Annual report of the Imperial Bacteriologist
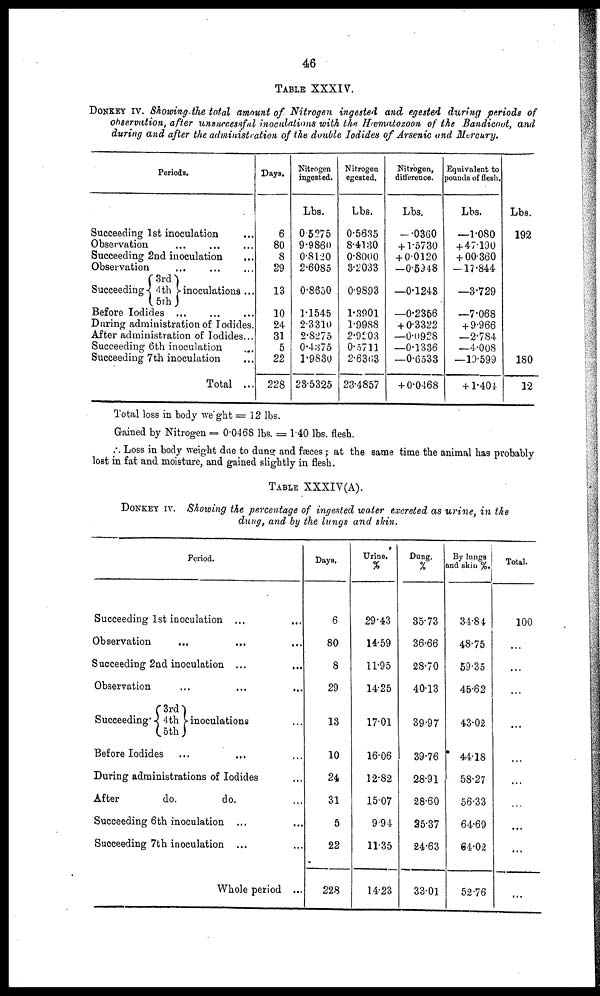
46
TABLE XXXIV.
DONKEY IV. Showing the total amount of Nitrogen ingested and egested during periods of
observation, after unsuccessful inoculations with the Hæmatozoon of the Bandicoot, and
during and after the administration of the double Iodides of Arsenic and Mercury.
Periods.
Succeeding 1st inoculation
Observation
Succeeding 2nd inoculation
Observation
...
3rd
Succeeding{ 4 th }inoculations ...
5th
Before Iodides
During administration of Iodides.
After administration of Iodides...
Succeeding 6th inoculation
Succeeding 7th inoculation
Total ...
Days.
6
80
8
29
13
10
24
31
5
22
228
Nitrogen
ingested.
Lbs.
0.5275
9.9860
0.8120
2.6085
0.8650
1.1545
2.3310
2.8275
0.4375
1.9830
23.5325
Nitrogen
egested.
Lbs.
0.5635
8.4130
0.8000
3.2033
0.9893
1.3901
1.9988
2.9203
0.5711
2.6363
23.4857
Nitrogen,
difference.
Lbs.
-.0360
+ 1.5730
+ 0.0120
-0.5948
—0.1243
—0.2356
+ 0.3322
—0.0928
—0.1336
—0.6533
+ 0.0468
Equivalent to
pounds of flesh.
Lbs.
—1.080
+ 47.190
+ 00.360
—17.844
—3.729
—7.068
+ 9.966
—2.784
—4.008
—19.599
+1.404
Lbs.
192
180
12
Total loss in body weight = 12 lbs.
Gained by Nitrogen = 0.0468 lbs. = 1.40 lbs. flesh.
Loss in body weight due to dung and fæces; at the same time the animal has probably
lost in fat and moisture, and gained slightly in flesh.
TABLE XXXIV(A).
DONKEY IV. Showing the percentage of ingested water excreted as urine, in the
dung, and by the lungs and skin.
Period.
Succeeding 1st inoculation ...
Observation
...
Succeeding 2nd inoculation ...
Observation
...
...
...
3rd
Succeeding {4 th } inoculations
5th
Before Iodides ...
...
During administrations of Iodides
After
do.
do.
Succeeding 6th inoculation ...
Succeeding 7th inoculation ...
Whole period ...
Days,
6
80
8
29
13
10
24
31
5
22
228
Urine.
%
29.43
14.59
11.95
14.25
17.01
16.06
12.82
15.07
9.94
11.35
14.23
Dung.
%
35.73
36.66
28.70
40.13
39.97
39.76
28.91
28.60
25.37
24.63
33.01
By lungs
and skin %.
34.84
48.75
59.35
45.62
43.02
44.18
58.27
56.33
64.69
64.02
52.76
Total.
100
...
...
...
...
...
...
...
...
...